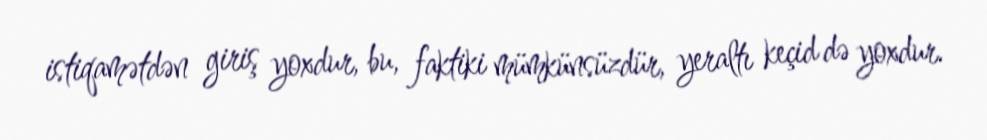
istiqamətdən giriş yoxdur, bu, faktiki mümkünsüzdür, yeraltı keçid də yoxdur.